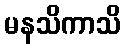
မနသိကာသိ